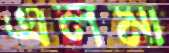
এলমা